Lock hospitals Punjab
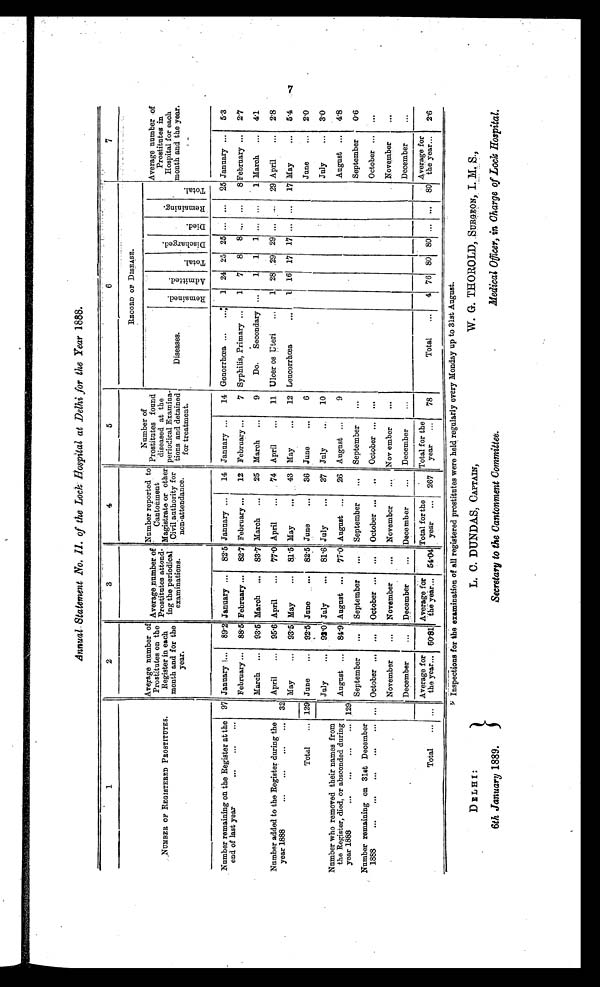
Annual Statement No. II. of the Lock Hospital at Delhi for the Year 1888.
1
2
3
4
5
6
7
NUMBER OF REGISTERED PROSTITUTES.
Average number of
Prostitutes on the
Register in each
month and for the
year.
Average number, of
•°P rostitutes attend-
ing the periodical
examinations.
Number reported to
Cantonment
Magistrate or other
Civil authoity for non-attendance.
Number of
Prostitutes found
periodical Examina-
tions and detained
for treatment.
RECORD OF DISEASE.
Diseases.
R e m a i n e d .
A d m i t t e d .
Total.
D i s c h a r g e d .
D i e d .
R e m a i n i n g .
T o t a l .
Average number of
Prostitutes in
Hospital for each
month and the year.
Number remaining on the Register at the
end of last year
97 January ... 89.2 January ... 82.5 January ... 14 January ...
14 Gonorrhœa ...
...
1 24 25 25 ... ... 25 January ...
5.3
February ...
88.5 February ... 82.7 February ...
12 February ...
7 Syphilis, Primary ... 1 7 8 8 . . . . . .
8 February ...
2.7
March ... 93.5 March ... 83.7 March ...
25 March ...
9
Do.
Secondary ...
1 1 1 ... ...
1 March ... 4.1
Number added to the Register during the
year 1888
3 2 April
...
95.6 April
...
77.0 April
...
74 April
...
11 Ulcer os Uteri
... 1 28 .29 29 ... ... 29 April
... 2.8
May
... 93.5 May
... 81.5 May
...
43 May
...
12 Lencorrhœa
. . .
16 17 17 ... ... 17 May
...
5.4
Total
129
_
June
...
92.5 June
82.5 June
...
36 June
...
6
June
...
2.0
Number who removed their names from
the Register, died, or absconded during
year 1888
129
July
... 92.0 July
... 81.6 July
...
37 July
...
10
.
July
...
3.0
August ...
81.9 August ... 77.0 August ...
26 August ...
9
.
August ...
4.8
Number remaining on 31st December
1888
...
September
...
September
...
September
...
September
...
September
0.6
October ...
...
October ...
...
October ...
..
October ...
...
October ...
...
November
...
November
...
November
...
Nov ember
...
November
...
December
...
December
... Decemb er
...
December
...
December
_
...
Total
. . .
Average for
the year... 60.81
Average for
the year... 54.04
Total for the
year
...
267
Total for the
year
...
78
Total
...
4 76 80 80 ... ... 80
Average for
the year...
2.6
Inspections for the examination of all registered prostitutes were held regularly every Monday up to 31st August.
DELHI:
6th January 1889.
L. C. DUNDAS, CAPTAIN,
Secretary to the Cantonment Committee.
W. G. THOROLD, SURGEON, I.M S.,
Medical Officer, in Charge of Lock Hospital.